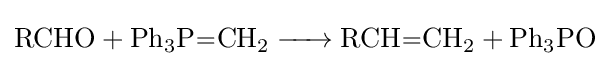
{\ce {RCHO + Ph3P=CH2 -> RCH=CH2 + Ph3PO}}